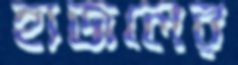
হাজলের